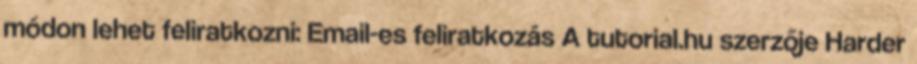
módon lehet feliratkozni: Email-es feliratkozás A tutorial.hu szerzője Harder